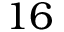
1 6